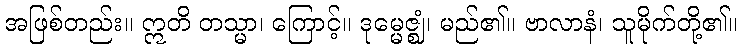
အဖြစ်တည်း။ ဣတိ တသ္မာ၊ ကြောင့်။ ဒုမ္မေဇ္ဈံ၊ မည်၏။ ဗာလာနံ၊ သူမိုက်တို့၏။